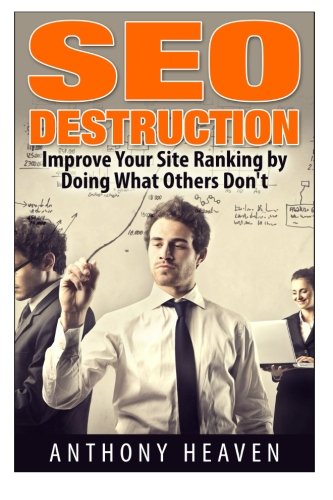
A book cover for SEO Destruction: Improve Your Site Ranking by Doing What Others Don't; Anthony Heaven; Computers & Technology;